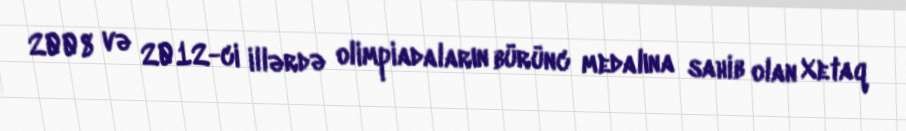
2008 və 2012-ci illərdə olimpiadaların bürünc medalına sahib olan Xetaq